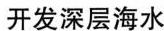
开发深层海水